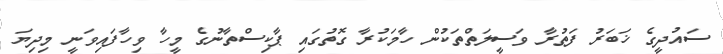
ސައުދީގެ ޚަބަރު ފަތުރާ ވަސީލަތްތަކުން ހާމަކުރާ ގޮތުގައި ޕާކިސްތާނުގެ މީހާ ވިހާފައިވަނީ މިދިޔަ